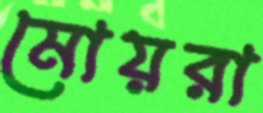
মোয়রা